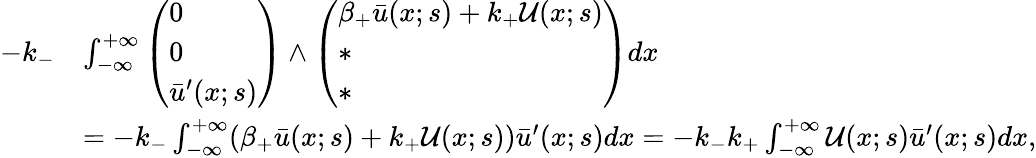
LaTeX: \begin{array}{rl}{-k_{-}}&{\int_{-\infty}^{+\infty}\left(\begin{array}{l}{0}\\ {0}\\ {\bar{u}^{\prime}(x;s)}\end{array}\right)\wedge\left(\begin{array}{l}{\beta_{+}\bar{u}(x;s)+k_{+}\mathcal{U}(x;s)}\\ {*}\\ {*}\end{array}\right)dx}\\ &{=-k_{-}\int_{-\infty}^{+\infty}(\beta_{+}\bar{u}(x;s)+k_{+}\mathcal{U}(x;s))\bar{u}^{\prime}(x;s)dx=-k_{-}k_{+}\int_{-\infty}^{+\infty}\mathcal{U}(x;s)\bar{u}^{\prime}(x;s)dx,}\end{array}